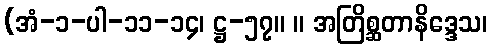
(အံ-၁-ပါ-၁၁-၁၄၊ ဋ္ဌ-၅၇။ ။ အတြိစ္ဆတာနိဒ္ဒေသ၊